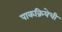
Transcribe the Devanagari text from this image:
पाकक्रियेची